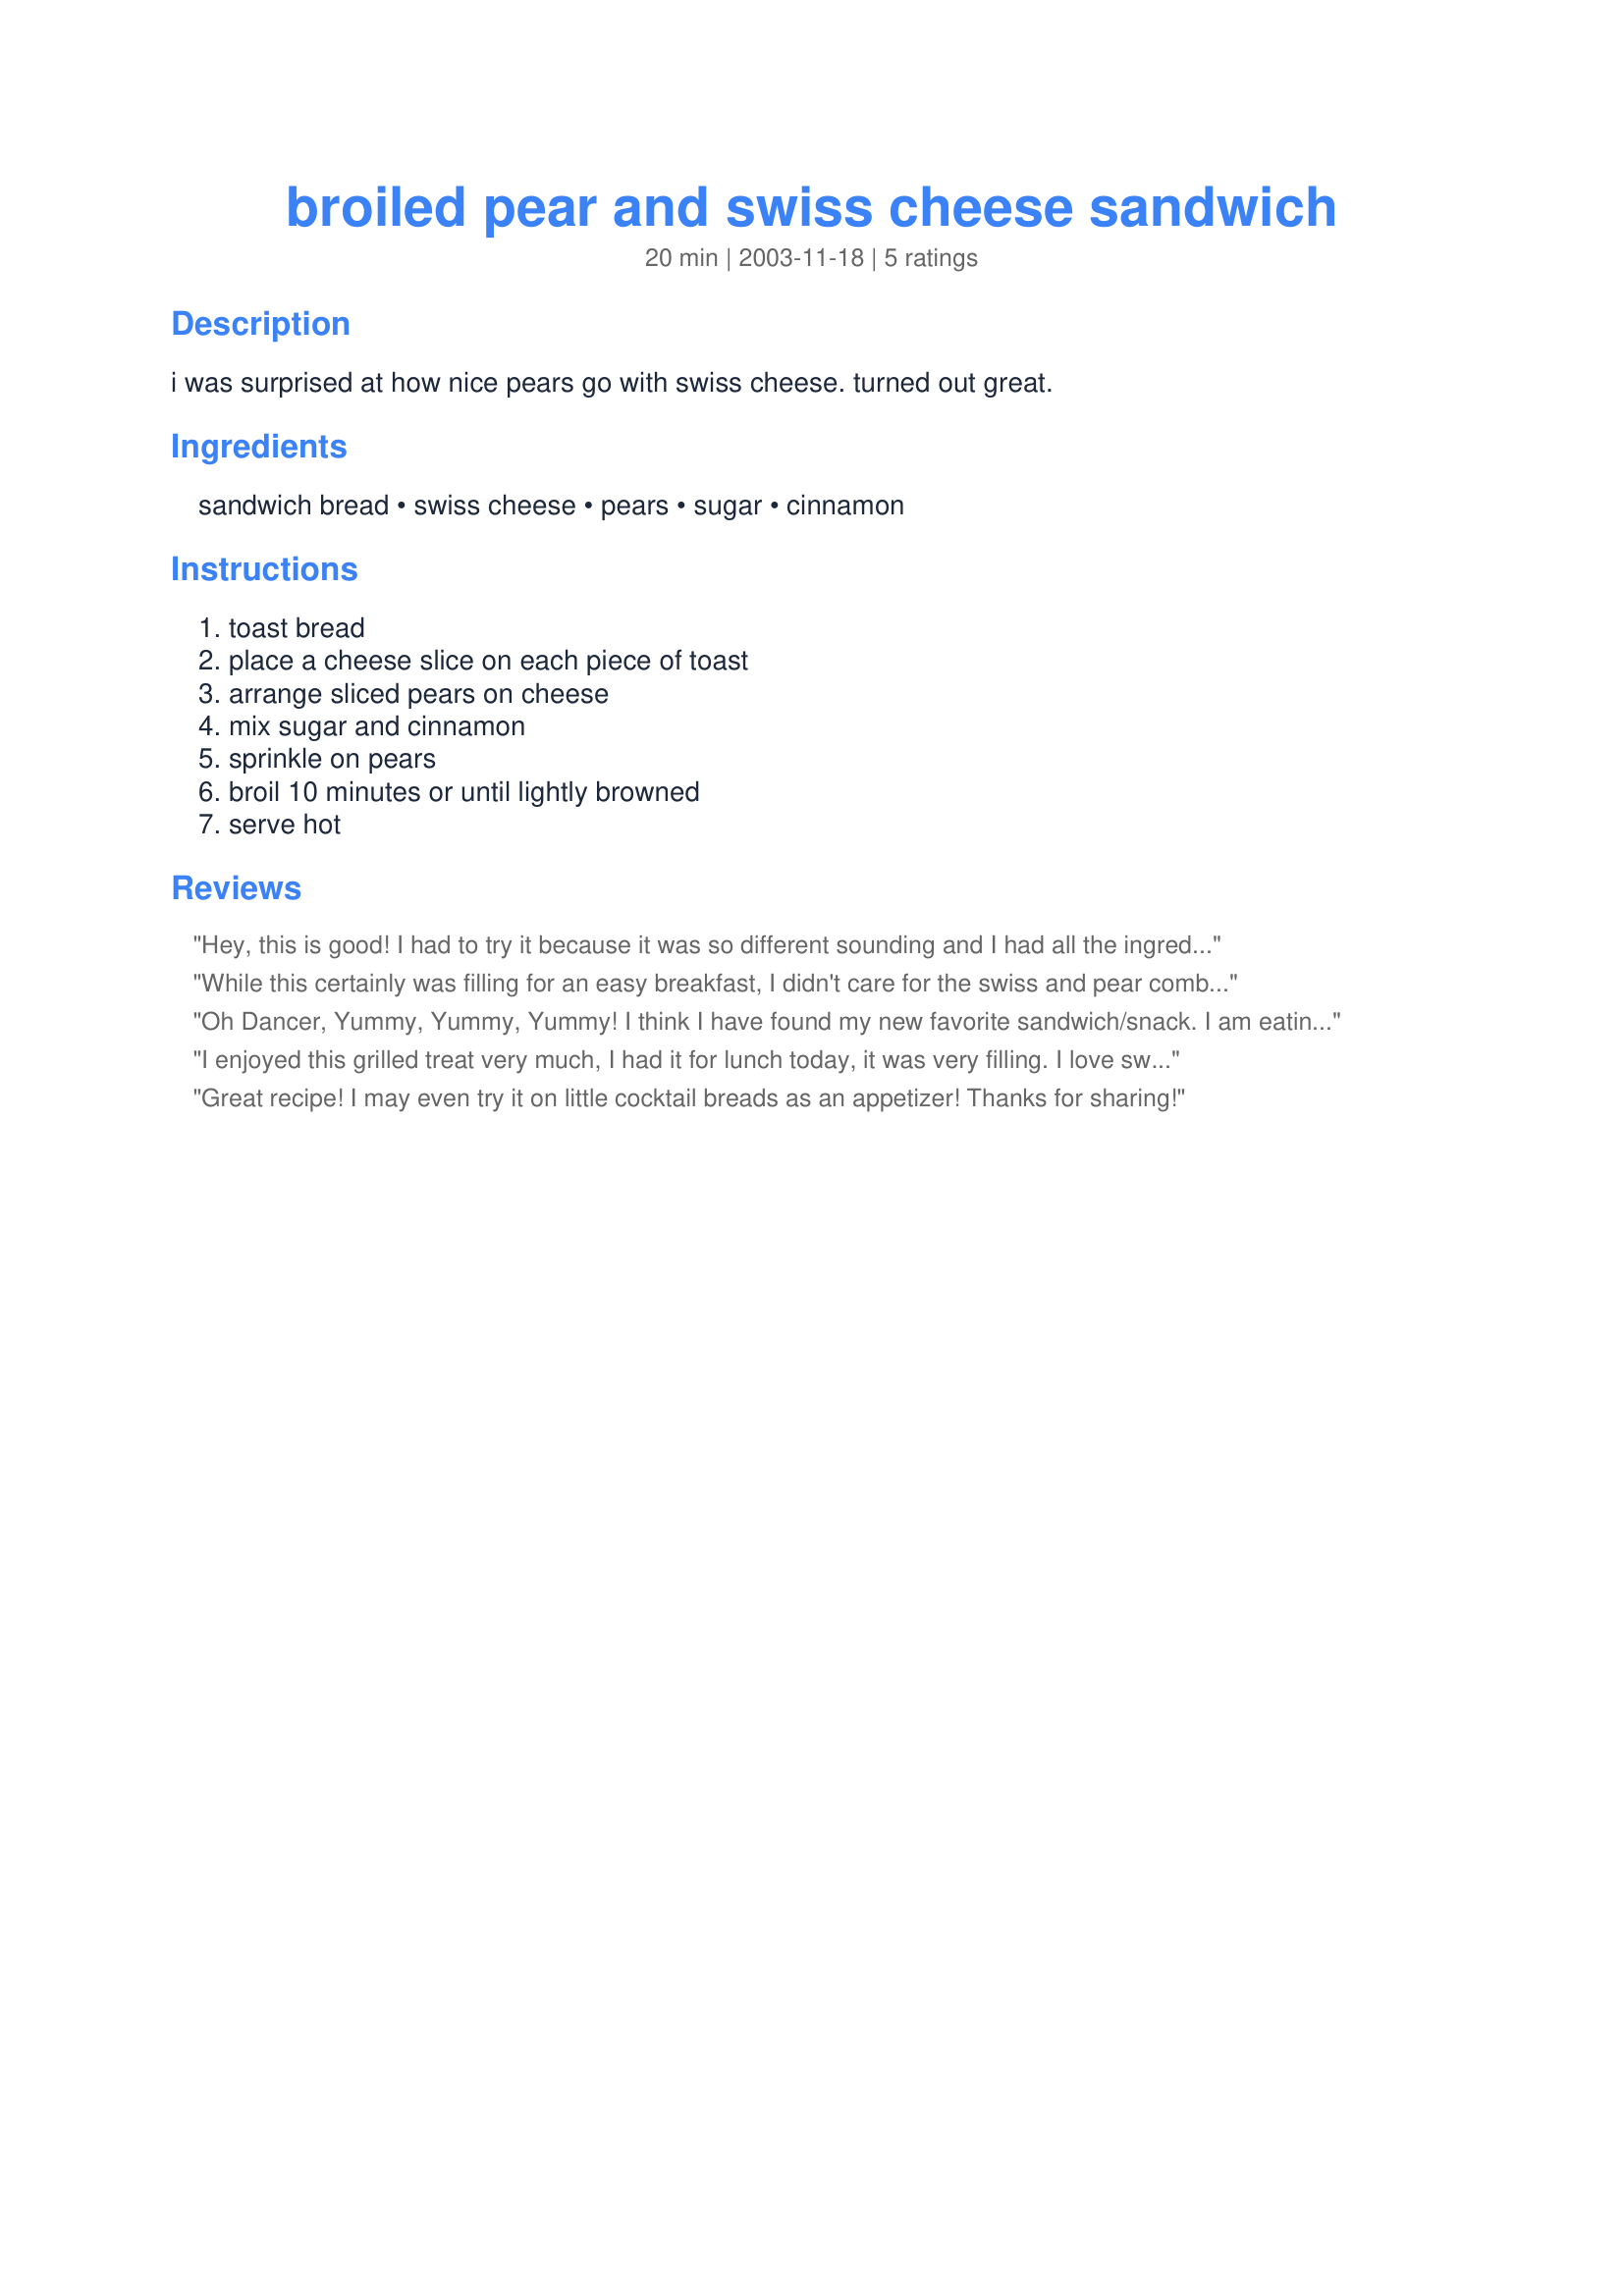
broiled pear and swiss cheese sandwich
Preparation time: 20 minutes

i was surprised at how nice pears go with swiss cheese. turned out great.

Ingredients:
sandwich bread, swiss cheese, pears, sugar, cinnamon

Steps:
toast bread, place a cheese slice on each piece of toast, arrange sliced pears on cheese, mix sugar and cinnamon, sprinkle on pears, broil 10 minutes or until lightly browned, serve hot

Reviews:
Hey, this is good! I had to try it because it was so different sounding and I had all the ingredients. What a quick yummy breakfast, snack, lite lunch...
While this certainly was filling for an easy breakfast, I didn't care for the swiss and pear combo. I felt that the cheese was overpowering for the delicate flavor of the pear. I would try it again with a different cheese.
Oh Dancer, Yummy, Yummy, Yummy! I think I have found my new favorite sandwich/snack. I am eating one of these, as I type this review. I used 2 slices of white bread, 4 slices of swiss cheese (2 on each slice of bread) placing over the edge of bread slightly so the bread didn't burn under the broiler. Covered with slices of ripe pear (unpeeled) and sprinkled with cinnamon/sugar. What a great treat! Thanks for a keeper in my house!
I enjoyed this grilled treat very much, I had it for lunch today, it was very filling. I love swiss cheese and pears, it was the perfect combo for me. The textures and flavors work well together. The cinnamon sugar topping was a nice garnish. Thanks for sharing the recipe.
Great recipe! I may even try it on little cocktail breads as an appetizer!
Thanks for sharing!
